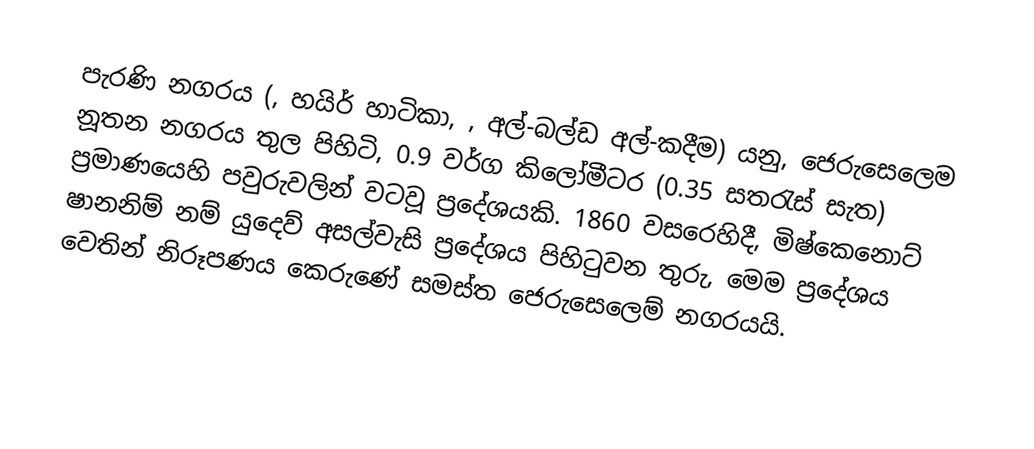
පැරණි නගරය (, හයිර් හාටිකා, , අල්-බල්ඩ අල්-කදීම) යනු,  ජෙරුසෙලෙම නූතන නගරය තුල පිහිටි,  0.9 වර්ග කිලෝමීටර (0.35 සතරැස් සැත) ප්‍රමාණයෙහි පවුරුවලින් වටවූ ප්‍රදේශයකි. 1860 වසරෙහිදී, මිෂ්කෙනොට් ෂානනිම් නම් යුදෙව් අසල්වැසි ප්‍රදේශය පිහිටුවන තුරු, මෙම ප්‍රදේශය වෙතින් නිරූපණය කෙරුණේ සමස්ත ජෙරුසෙලෙම්  නගරයයි.